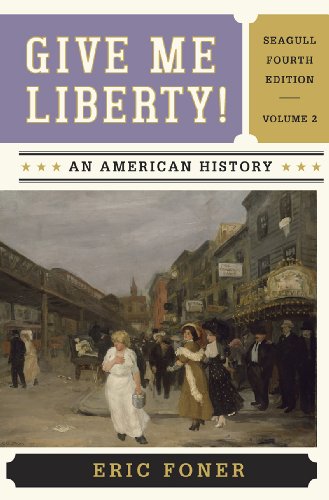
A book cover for Give Me Liberty!: An American History (Seagull Fourth Edition)  (Vol. 2); Eric Foner; History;